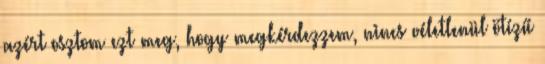
azért osztom ezt meg, hogy megkérdezzem, nincs véletlenül ötízű